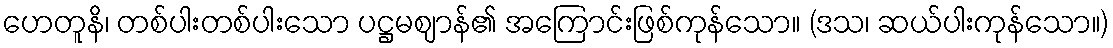
ဟေတူနိ၊ တစ်ပါးတစ်ပါးသော ပဋ္ဌမဈာန်၏ အကြောင်းဖြစ်ကုန်သော။ (ဒသ၊ ဆယ်ပါးကုန်သော။)